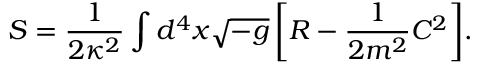
S = \frac { 1 } { 2 \kappa ^ { 2 } } \int { d ^ { 4 } x \sqrt { - g } \left[ R - \frac { 1 } { 2 m ^ { 2 } } C ^ { 2 } \right] } .